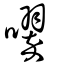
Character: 噿